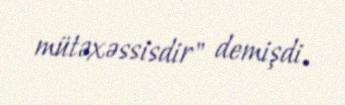
mütəxəssisdir" demişdi.